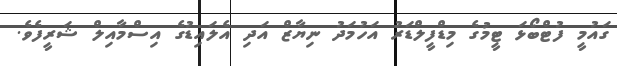
ގައުމީ ފުޓްބޯޅަ ޓީމުގެ މިޑްފީލްޑަރު އަހުމަދު ނިޔާޒް އަދި އެލައިޑުގެ އިސްމާއިލް ޝަރީފެވެ.